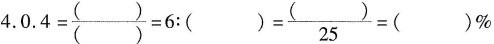
4.$$0 . 4 = \frac { ( ) } { ( ) } = 6 : ( ) = \frac { ( ) } { 2 5 } = ( ) %$$